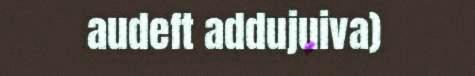
audeft addujuiva)